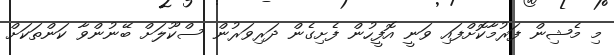
މި މެޝިން ފަރުމާކޮށްފައި ވަނީ އޮފީހުން ފެށިގެން ދަރިވަރުން ސްކޫލަށް ބޭނުންވާ ކަންތަކަށް